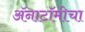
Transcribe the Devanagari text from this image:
अॅनाटॉमीचा